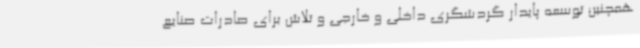
همچنین توسعه پایدار گردشگری داخلی و خارجی و تلاش برای صادرات صنایع